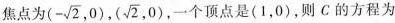
焦点为(-\sqrt{2},0)，(\sqrt{2},0)，一个顶点是(1，0)，则C的方程为